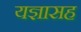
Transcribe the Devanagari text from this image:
यज्ञासह